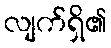
လျက်ရှိ၏